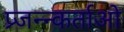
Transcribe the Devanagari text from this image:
प्र्जन्न्कर्ताओ